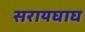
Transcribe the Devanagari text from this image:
सरायघाघ